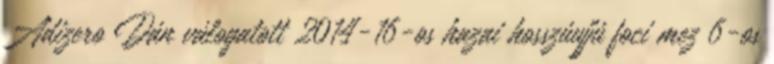
Adizero Dán válogatott 2014-16-os hazai hosszúujjú foci mez 6-os